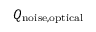
Q _ { \mathrm { n o i s e , o p t i c a l } }